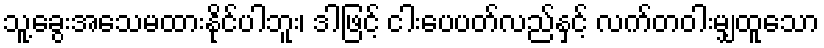
သူ့ခွေးအသေမထားနိုင်ပါဘူး၊ ဒါဖြင့် ငါးပေပတ်လည်နှင့် လက်တဝါးမျှထူသော